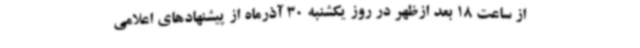
از ساعت 18 بعد ازظهر در روز یکشنبه 30 آذرماه از پیشنهادهای اعلامی